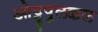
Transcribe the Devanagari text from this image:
ओट्टुपुलक्कल